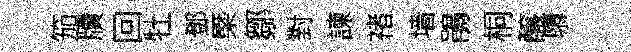
笳牘回牡鄧㮣鄒對諫禇墙鵑桐醸隳